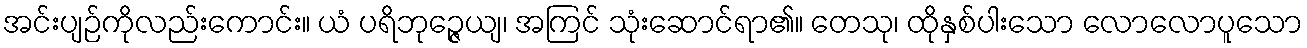
အင်းပျဉ်ကိုလည်းကောင်း။ ယံ ပရိဘုဉ္ဇေယျ၊ အကြင် သုံးဆောင်ရာ၏။ တေသု၊ ထိုနှစ်ပါးသော လောလောပူသော